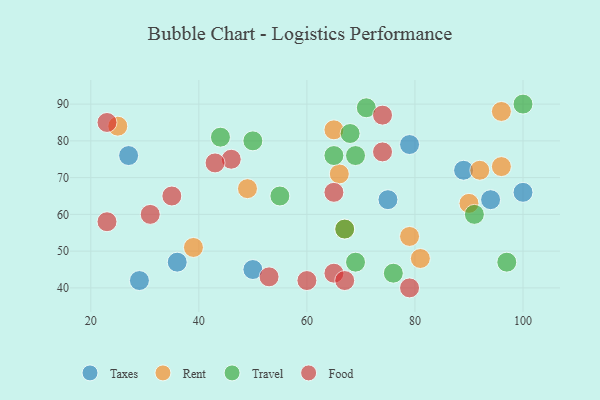
{"axis": {"x": "GDP", "y": "Life Expectancy"}, "legend": ["Food", "Rent", "Taxes", "Travel"], "data": [{"x": "100", "y": 66, "type": "Taxes"}, {"x": "79", "y": 79, "type": "Taxes"}, {"x": "75", "y": 64, "type": "Taxes"}, {"x": "27", "y": 76, "type": "Taxes"}, {"x": "29", "y": 42, "type": "Taxes"}, {"x": "50", "y": 45, "type": "Taxes"}, {"x": "89", "y": 72, "type": "Taxes"}, {"x": "94", "y": 64, "type": "Taxes"}, {"x": "36", "y": 47, "type": "Taxes"}, {"x": "96", "y": 73, "type": "Rent"}, {"x": "67", "y": 56, "type": "Rent"}, {"x": "66", "y": 71, "type": "Rent"}, {"x": "25", "y": 84, "type": "Rent"}, {"x": "79", "y": 54, "type": "Rent"}, {"x": "39", "y": 51, "type": "Rent"}, {"x": "96", "y": 88, "type": "Rent"}, {"x": "81", "y": 48, "type": "Rent"}, {"x": "65", "y": 83, "type": "Rent"}, {"x": "92", "y": 72, "type": "Rent"}, {"x": "90", "y": 63, "type": "Rent"}, {"x": "49", "y": 67, "type": "Rent"}, {"x": "50", "y": 80, "type": "Travel"}, {"x": "44", "y": 81, "type": "Travel"}, {"x": "69", "y": 47, "type": "Travel"}, {"x": "67", "y": 56, "type": "Travel"}, {"x": "76", "y": 44, "type": "Travel"}, {"x": "97", "y": 47, "type": "Travel"}, {"x": "55", "y": 65, "type": "Travel"}, {"x": "71", "y": 89, "type": "Travel"}, {"x": "69", "y": 76, "type": "Travel"}, {"x": "91", "y": 60, "type": "Travel"}, {"x": "65", "y": 76, "type": "Travel"}, {"x": "100", "y": 90, "type": "Travel"}, {"x": "68", "y": 82, "type": "Travel"}, {"x": "31", "y": 60, "type": "Food"}, {"x": "53", "y": 43, "type": "Food"}, {"x": "65", "y": 44, "type": "Food"}, {"x": "74", "y": 87, "type": "Food"}, {"x": "46", "y": 75, "type": "Food"}, {"x": "60", "y": 42, "type": "Food"}, {"x": "67", "y": 42, "type": "Food"}, {"x": "74", "y": 77, "type": "Food"}, {"x": "79", "y": 40, "type": "Food"}, {"x": "65", "y": 66, "type": "Food"}, {"x": "23", "y": 85, "type": "Food"}, {"x": "23", "y": 58, "type": "Food"}, {"x": "43", "y": 74, "type": "Food"}, {"x": "35", "y": 65, "type": "Food"}]}